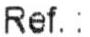
REF. :